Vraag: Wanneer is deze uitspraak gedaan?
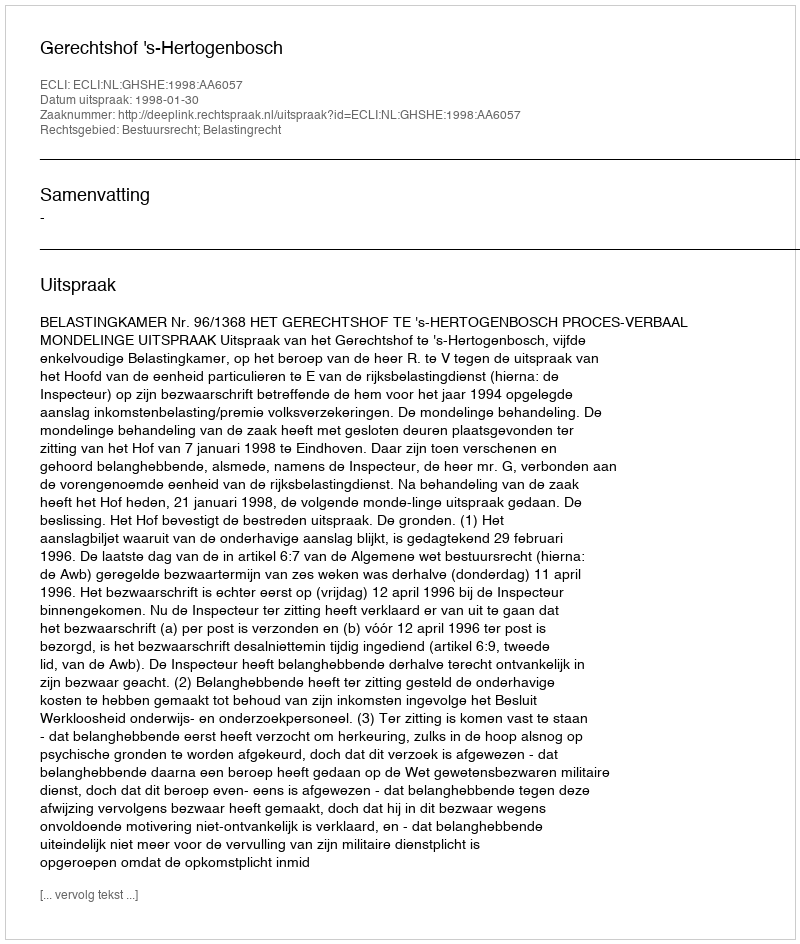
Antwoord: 1998-01-30